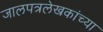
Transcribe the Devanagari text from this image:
जालपत्रलेखकांच्या